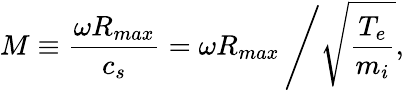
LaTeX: M\equiv\frac{\omega R_{max}}{c_{s}}=\omega R_{max}\left/\sqrt{\frac{T_{e}}{m_{i}}}\right.,